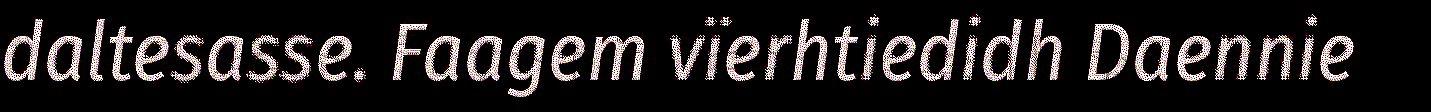
daltesasse. Faagem vïerhtiedidh Daennie